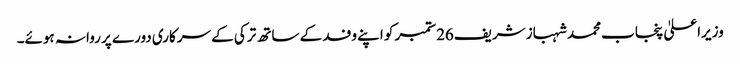
وزیراعلیٰ پنجاب محمد شہباز شریف26ستمبر کو اپنے وفد کے ساتھ ترکی کے سرکاری دورے پر روانہ ہوئے۔